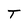
Character: T